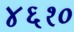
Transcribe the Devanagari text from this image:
४६१०